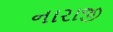
નારાજી